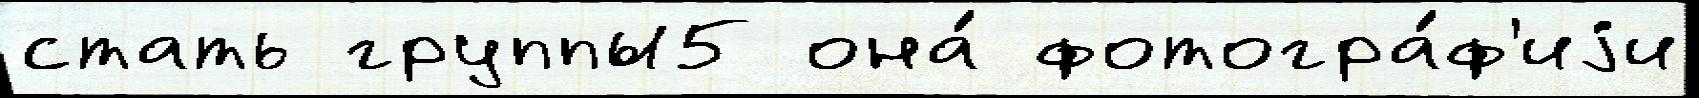
стать группы5 она́ фотогра́ф'иjи